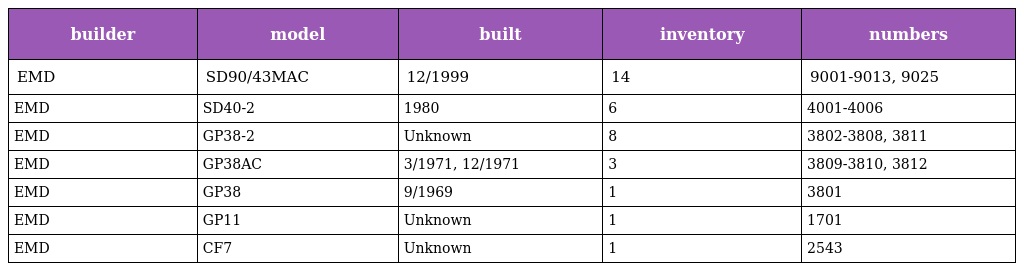
| builder | model | built | inventory | numbers |
 | --- | --- | --- | --- | --- |
 | EMD | SD90/43MAC | 12/1999 | 14 | 9001-9013, 9025 |
 | EMD | SD40-2 | 1980 | 6 | 4001-4006 |
 | EMD | GP38-2 | Unknown | 8 | 3802-3808, 3811 |
 | EMD | GP38AC | 3/1971, 12/1971 | 3 | 3809-3810, 3812 |
 | EMD | GP38 | 9/1969 | 1 | 3801 |
 | EMD | GP11 | Unknown | 1 | 1701 |
 | EMD | CF7 | Unknown | 1 | 2543 |